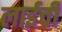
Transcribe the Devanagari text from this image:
लाईची